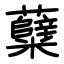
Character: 糵